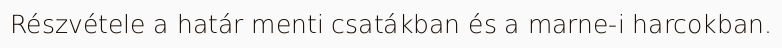
Részvétele a határ menti csatákban és a marne-i harcokban.